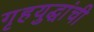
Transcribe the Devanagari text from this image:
गृहयुद्धांची